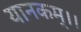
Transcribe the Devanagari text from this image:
यानकम्।।